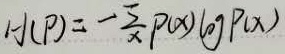
\(H(P)=-\sum_{x}P(x)\log P(x)\)